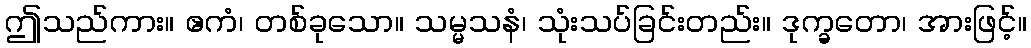
ဤသည်ကား။ ဧကံ၊ တစ်ခုသော။ သမ္မသနံ၊ သုံးသပ်ခြင်းတည်း။ ဒုက္ခတော၊ အားဖြင့်။